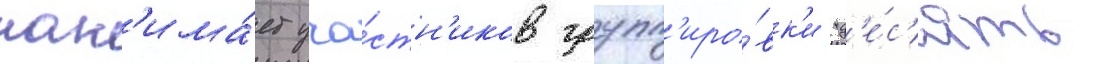
нан'има́ет уча́стн'иков групп'иро́вк'и "д'е́с'ять